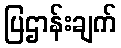
ပြဌာန်းချက်